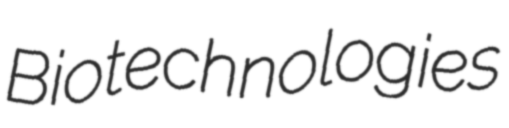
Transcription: Biotechnologies